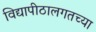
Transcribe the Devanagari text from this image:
विद्यापीठालगतच्या